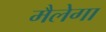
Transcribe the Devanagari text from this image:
मैलेगा